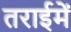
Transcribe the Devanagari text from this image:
तराईमें